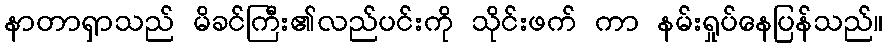
နာတာရှာသည် မိခင်ကြီး၏လည်ပင်းကို သိုင်းဖက် ကာ နမ်းရှုပ်နေပြန်သည်။